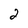
Character: 2